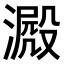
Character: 𣾮